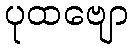
ပုထဗျော